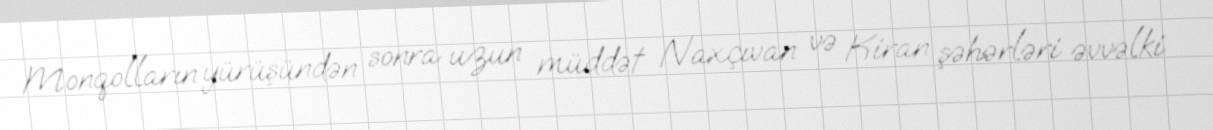
Monqolların yürüşündən sonra uzun müddət Naxçıvan və Kiran şəhərləri əvvəlki